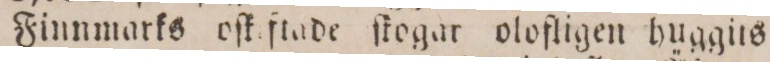
Finnmarks oſt ftade ſkogar olofligen huggits